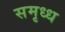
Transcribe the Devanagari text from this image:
समृध्ध